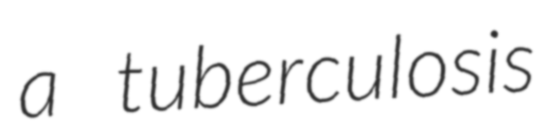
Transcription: a tuberculosis